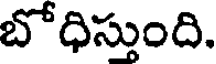
బోధిస్తుంది.